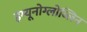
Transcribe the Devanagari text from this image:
इम्यूनोग्लोब्लिन